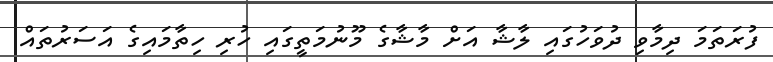
ފުރަތަމަ ދިމާވި ދުވަހުގައި ލާޝާ އަށް މާޝާގެ މޫނުމަތީގައި ހުރި ހިތާމައިގެ އަސަރުތައް